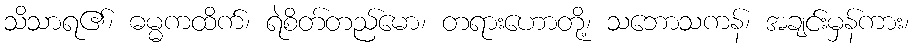
သိသာရ၏၊ ဓမ္မကထိက်၊ ရဲစိတ်တည်မော၊ တရားဟောတို့၊ သဘောသကန်၊ အချင်းမှန်ကား၊